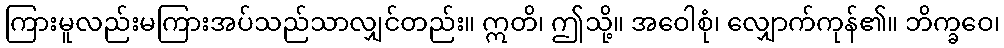
ကြားမူလည်းမကြားအပ်သည်သာလျှင်တည်း။ ဣတိ၊ ဤသို့။ အဝေါစုံ၊ လျှောက်ကုန်၏။ ဘိက္ခဝေ၊